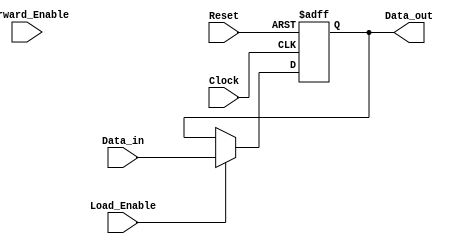
module Forwarding_Register (
    input  wire [31:0] Data_in,      // Input data bus (32-bit wide)
    input  wire Forward_Enable,       // Control signal for data forwarding
    input  wire Load_Enable,          // Control signal to load new data
    input  wire Clock,                // Clock signal
    input  wire Reset,                // Asynchronous reset signal
    output reg  [31:0] Data_out       // Output data bus (32-bit wide)
);

    // Asynchronous reset behavior
    always @(posedge Clock or posedge Reset) begin
        if (Reset) begin
            Data_out <= 32'b0;         // Reset output to zero
        end else begin
            if (Load_Enable) begin
                Data_out <= Data_in;   // Load new data on clock edge
            end else if (Forward_Enable) begin
                // Maintain current value (data forwarding)
                Data_out <= Data_out;   // No change to Data_out
            end
            // If neither control signal is asserted, retain previous value
        end
    end

endmodule